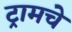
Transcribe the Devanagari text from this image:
ट्रामचे